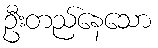
ဦးတည်နေသော